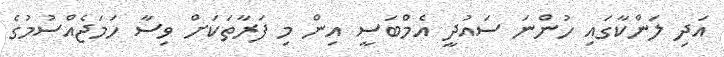
އަދި ލަންކާގައި ހުންނަ ސައުދީ އެމްބަސީ އިން މި ފަރާތަކަށް ވިސާ ހަމަޖެއްސުމުގެ